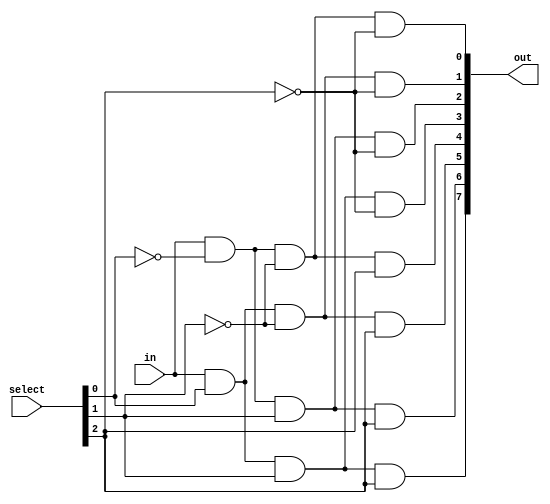
`timescale 1ns / 1ps
//////////////////////////////////////////////////////////////////////////////////
// Company: 
// Engineer: 
// 
// Design Name: 
// Module Name: demux_3_to_8
// Project Name: 
// Target Devices: 
// Tool Versions: 
// Description: 
// 
// Dependencies: 
// 
// Revision:
// Revision 0.01 - File Created
// Additional Comments:
// 
//////////////////////////////////////////////////////////////////////////////////


module demux_3_to_8(
    input in,
    input [2:0] select,
    output wire [7:0] out
);
assign out[0] = in & ~select[0] & ~select[1] & ~select[2];
assign out[1] = in & select[0] & ~select[1] & ~select[2];
assign out[2] = in & ~select[0] & select[1] & ~select[2];
assign out[3] = in & select[0] & select[1] & ~select[2];
assign out[4] = in & ~select[0] & ~select[1] & select[2];
assign out[5] = in & select[0] & ~select[1] & select[2];
assign out[6] = in & ~select[0] & select[1] & select[2];
assign out[7] = in & select[0] & select[1] & select[2];

endmodule